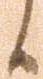
候